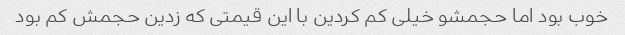
خوب بود اما حجمشو خیلی کم کردین با این قیمتی که زدین حجمش کم بود